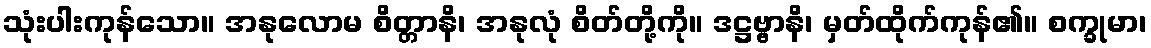
သုံးပါးကုန်သော။ အနုလောမ စိတ္တာနိ၊ အနုလုံ စိတ်တို့ကို။ ဒဋ္ဌဗ္ဗာနိ၊ မှတ်ထိုက်ကုန်၏။ စက္ခုမာ၊